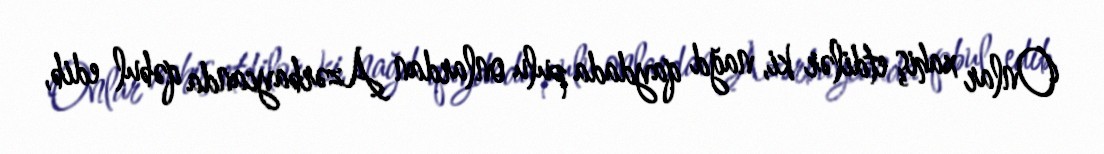
Onlar xahiş etdilər ki, nağd qaydada pulu onlardan Azərbaycanda qəbul edib,